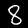
Digit: 8